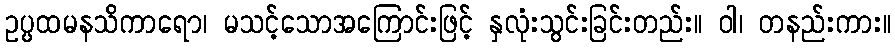
ဥပ္ပထမနသိကာရော၊ မသင့်သောအကြောင်းဖြင့် နှလုံးသွင်းခြင်းတည်း။ ဝါ၊ တနည်းကား။